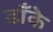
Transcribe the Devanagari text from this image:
ढाँके